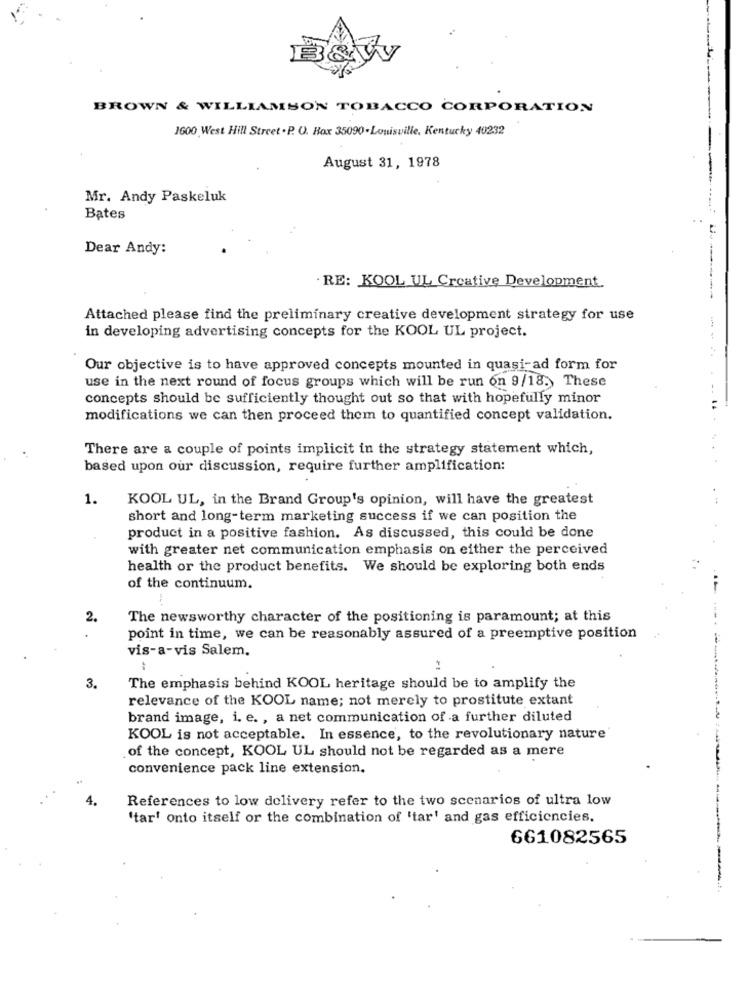
BROWN & WILLIAMSON TOBACCO CORPORATION
1600 West Hill Street . P. O. Box 35090. Louisville, Kentucky 40232
August 31, 1978
Mr. Andy Paskeluk
Bates
Dear Andy:
RE: KOOL UL Creative Development.
-...:-----
Attached please find the preliminary creative development strategy for use
in developing advertising concepts for the KOOL UL project.
Our objective is to have approved concepts mounted in quasi-ad form for
use in the next round of focus groups which will be run on 9/18. These
concepts should be sufficiently thought out so that with hopefully minor
modifications we can then proceed them to quantified concept validation.
There are a couple of points implicit in the strategy statement which,
based upon our discussion, require further amplification:
1.
KOOL UL, in the Brand Group's opinion, will have the greatest
short and long-term marketing success if we can position the
product in a positive fashion. As discussed, this could be done
with greater net communication emphasis on either the perceived
health or the product benefits. We should be exploring both ends
of the continuum.
2.
The newsworthy character of the positioning is paramount; at this
point in time, we can be reasonably assured of a preemptive position
vis-a-vis Salem.
3.
The emphasis behind KOOL heritage should be to amplify the
relevance of the KOOL name; not merely to prostitute extant
brand image, i. e. , a net communication of a further diluted
KOOL is not acceptable. In essence, to the revolutionary nature
of the concept, KOOL UL should not be regarded as a mere
convenience pack line extension.
4.
References to low delivery refer to the two scenarios of ultra low
'tar' onto itself or the combination of 'tar' and gas efficiencies.
661082565